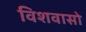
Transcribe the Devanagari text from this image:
विशवासो